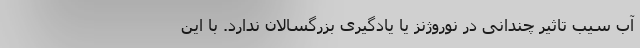
آب سیب تاثیر چندانی در نوروژنز یا یادگیری بزرگسالان ندارد. با این